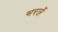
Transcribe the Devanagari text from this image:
भरलें